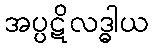
အပ္ပဋိလဒ္ဓါယ